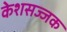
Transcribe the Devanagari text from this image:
केशसज्जक